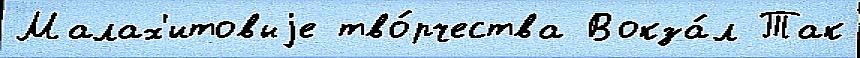
Малах'итовыjе тво́рчества Вокза́л Так